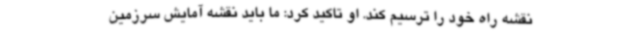
نقشه راه خود را ترسیم کند. او تاکید کرد: ما باید نقشه آمایش سرزمین